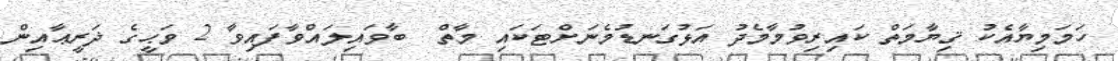
ހަމަމިޔާއެކު ޤިޔާމަތް ކައިރިވުމާމެދު އަޅުގަނޑުމެނަށްޓަކައި މާތް  ބާވައިލައްވާފައިވާ 2 ވަޙީގެ ޛަރީޢާއިން